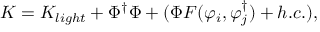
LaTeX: K = K _ { l i g h t } + \Phi ^ { \dagger } \Phi + ( \Phi F ( \varphi _ { i } , \varphi _ { j } ^ { \dagger } ) + h . c . ) ,